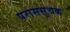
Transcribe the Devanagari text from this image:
पराससूचक